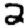
Digit: 2